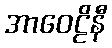
အာဝေဠိနီ